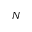
N